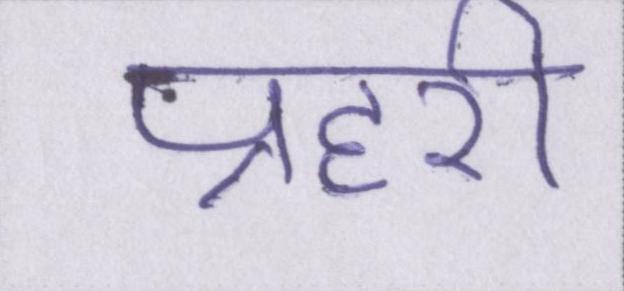
प्रहरी